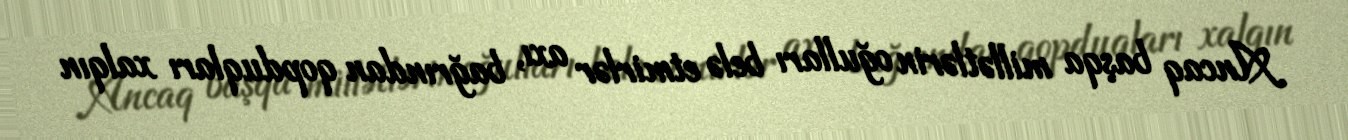
Ancaq başqa millətlərin oğulları belə etmirlər axı, bağrından qopduqları xalqın